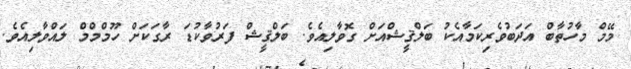
މޭމް މާހުތާބް އަދަބުވެރިކަމާއެކު ބަލްޤީޝްއަށް ގޮވާލިއެވެ. ބަލްޤީޝް ފަރުވާކުޑަ ރާގަކަށް ހޫމްމްމް ލައްވާލިއެވެ.